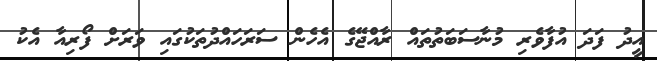
އީދު ފަދަ އުފާވެރި މުނާސަބަތުތައް ރާއްޖޭގެ އެހެން ސަރަހައްދުތަކުގައި ވަރަށް ފޯރިއާ އެކު